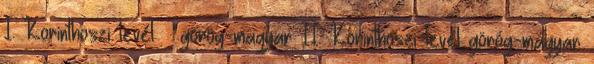
I. Korinthoszi levél – görög-magyar II. Korinthoszi levél görög-magyar